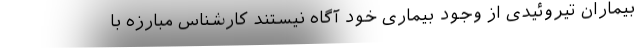
بیماران تیروئیدی از وجود بیماری خود آگاه نیستند کارشناس مبارزه با